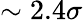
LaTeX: \sim 2.4\sigma